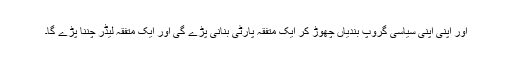
اور اپنی اپنی سیاسی گروپ بندیاں چھوڑ کر ایک متفقہ پارٹی بنانی پڑے گی اور ایک متفقہ لیڈر چننا پڑے گا۔